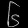
Digit: ၆